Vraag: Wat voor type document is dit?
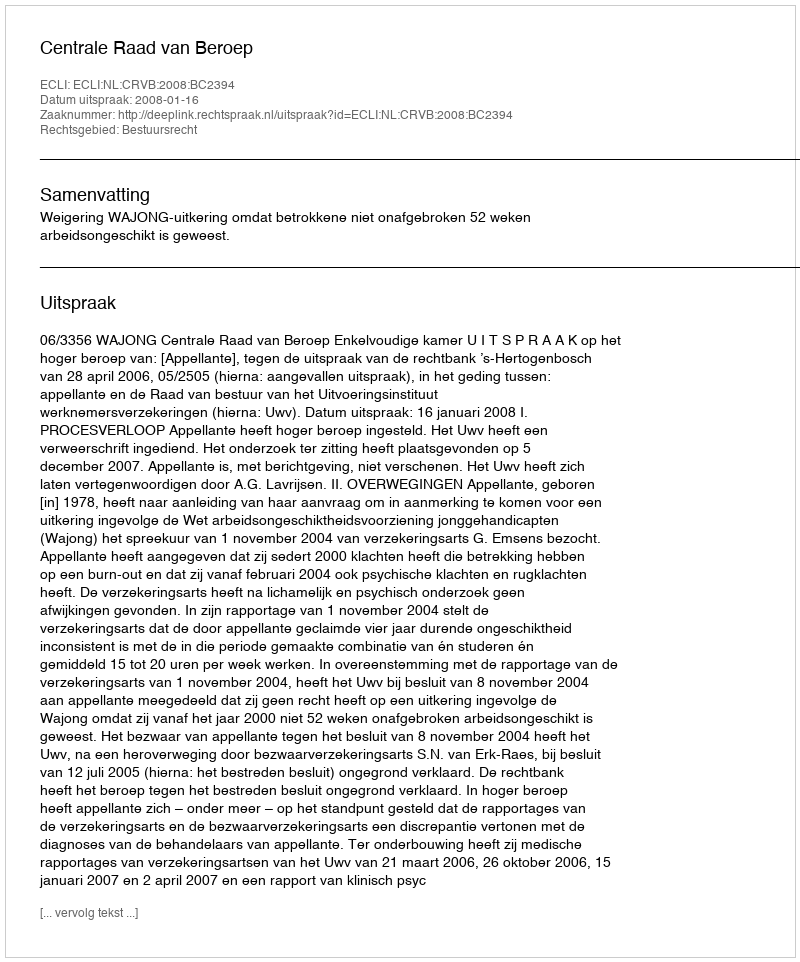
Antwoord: Uitspraak